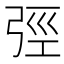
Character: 弳